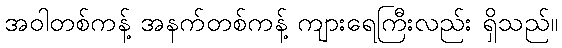
အဝါတစ်ကန့် အနက်တစ်ကန့် ကျားရေကြီးလည်း ရှိသည်။